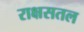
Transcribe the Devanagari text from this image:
राक्षसतल